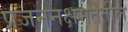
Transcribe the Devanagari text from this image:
प्रजननक्षमतेतील